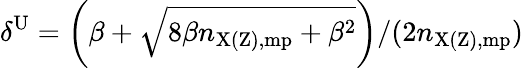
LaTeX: \delta^{\mathrm{U}}=\left(\beta+\sqrt{8\beta n_{\mathrm{X(Z),mp}}+\beta^{2}}\right)/(2n_{\mathrm{X(Z),mp}})